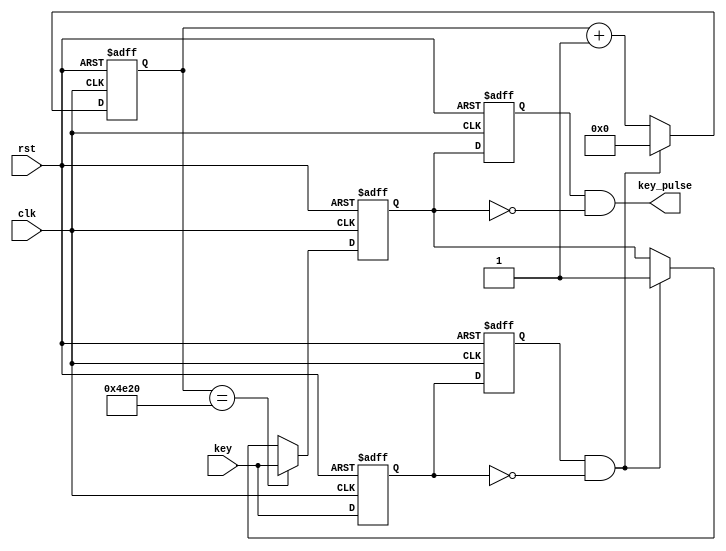
module debounce (clk,rst,key,key_pulse);
 
parameter   N = 1; //

input             clk;
input             rst;
input   [N-1:0]   key;         //					
output  [N-1:0]   key_pulse;   //	

reg     [N-1:0]   key_rst_pre;  //
reg     [N-1:0]   key_rst;      //

wire    [N-1:0]   key_edge;   //

//
always @(posedge clk  or  posedge rst)
begin
  if (rst) begin
	   key_rst <= {N{1'b1}};  //key_rst1{}N1
	   key_rst_pre <= {N{1'b1}};
  end
  else begin
	   key_rst <= key;    //keykey_rst,key_rstkey_rst_pre
	   key_rst_pre <= key_rst; //key_rstkeykey_rst_prekey
  end    
end

assign  key_edge = key_rst_pre & (~key_rst);//keykey_edge

reg	[16:0]	  cnt;   //1KHz20ms5     

  //20mskey_edge
always @(posedge clk or posedge rst)
begin
	if(rst)
	 cnt <= 0;
	else if(key_edge)
	 cnt <= 0;
	else
	 cnt <= cnt + 1'h1;
end  

  reg     [N-1:0]   key_sec_pre;                //
  reg     [N-1:0]   key_sec;                    


  //key
always @(posedge clk  or  posedge rst)
begin
	if (rst) 
	  key_sec <= {N{1'b1}};                
	else begin
	if (cnt==16'h4e20)
	  key_sec <= key;
	else if (key_edge)
	  key_sec <= {N{1'b1}};
	end
end
	 
always @(posedge clk  or  posedge rst)
begin
 if (rst)
	  key_sec_pre <= {N{1'b1}};
 else                   
	  key_sec_pre <= key_sec;             
end 
     
assign  key_pulse = key_sec_pre & (~key_sec);     

endmodule